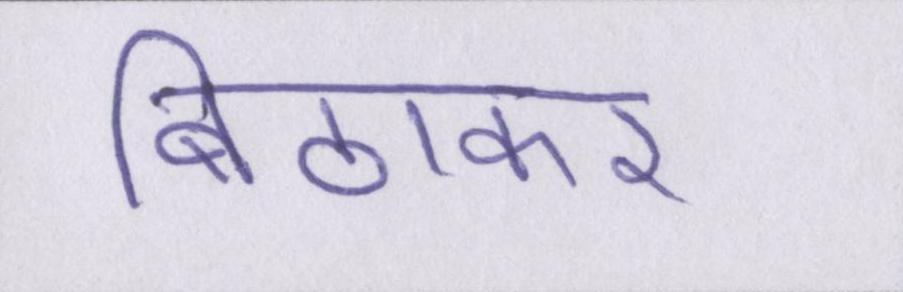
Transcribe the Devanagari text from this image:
बिठाकर